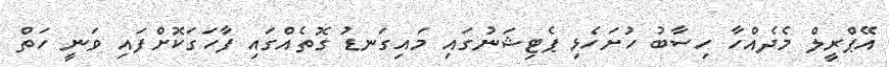
އޭޕްރީލް މެދެއްހާ ހިސާބު ހުށަހެޅި ޕެޓިޝަނުގައި މައިގަނޑު ގޮތެއްގައި ފާހަގަކޮށްފައި ވަނީ ހަތް